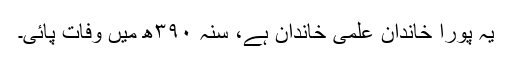
یہ پورا خاندان علمی خاندان ہے، سنہ ۳۹۰ھ میں وفات پائی۔